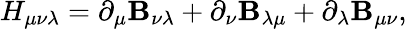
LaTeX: H_{\mu\nu\lambda}=\partial_{\mu}\mathbf{B}_{\nu\lambda}+\partial_{\nu}\mathbf{B}_{\lambda\mu}+\partial_{\lambda}\mathbf{B}_{\mu\nu},